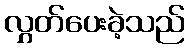
လွှတ်ပေးခဲ့သည်